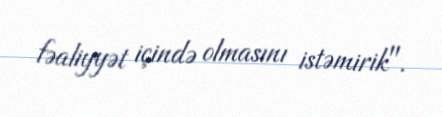
fəaliyyət içində olmasını istəmirik".